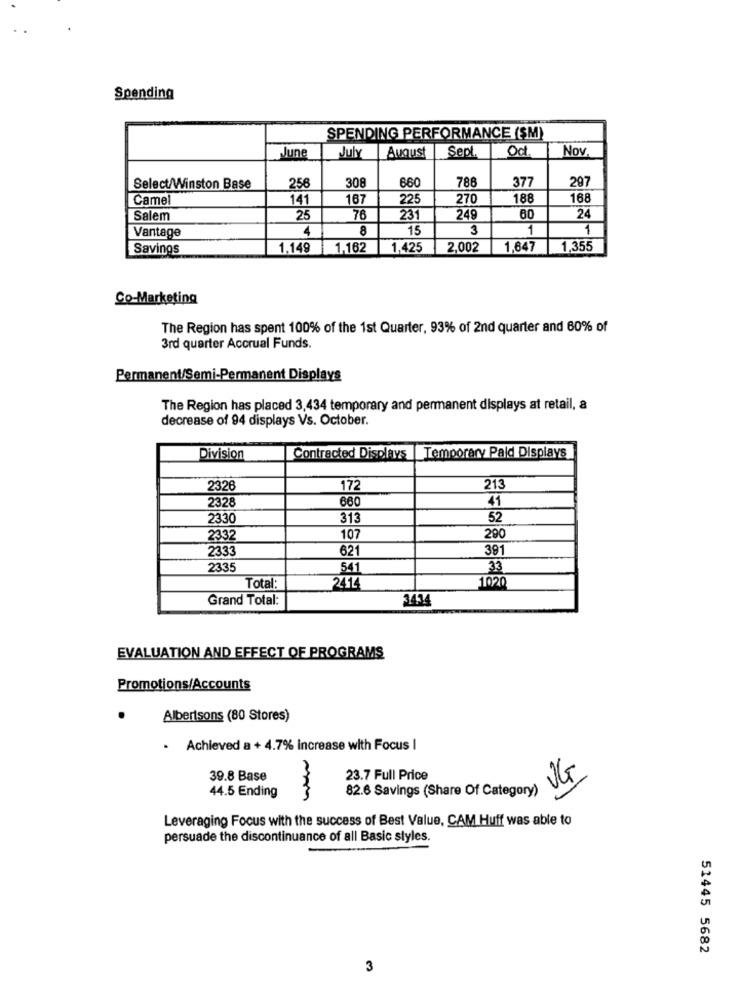
Spending
SPENDING PERFORMANCE (SM)
August
Sept.
Oct.
Nov.
June
July
308
660
786
377
297
Select/Winston Base
256
Camel
141
167
225
270
188
168
Salem
25
76
23
249
80
24
4
8
15
3
1
1
Vantage
Savings
1.149 1,162 1,425
2,002
1,647 1,355
Co-Marketing
The Region has spent 100% of the 1st Quarter, 93% of 2nd quarter and 60% of
3rd quarter Accrual Funds.
Permanent/Semi-Permanent Displays
The Region has placed 3,434 temporary and permanent displays at retail, &
decrease of 94 displays Vs. October.
Division
Contracted Displays | Temporary Paid Displays
2326
172
213
660
2328
41
2330
313
52
2332
107
290
2333
621
391
2335
541
33
1020
Total:
2414
Grand Total:
3434
EVALUATION AND EFFECT OF PROGRAMS
Promotions/Accounts
Albertsons (80 Stores)
· Achieved a + 4.7% Increase with Focus |
39.8 Base
23.7 Full Price
VG
44.5 Ending
82.6 Savings (Share Of Category)
3
Leveraging Focus with the success of Best Value, CAM Huff was able to
persuade the discontinuance of all Basic styles.
51445 5682
3